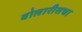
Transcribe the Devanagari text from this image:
वोलारीसचा